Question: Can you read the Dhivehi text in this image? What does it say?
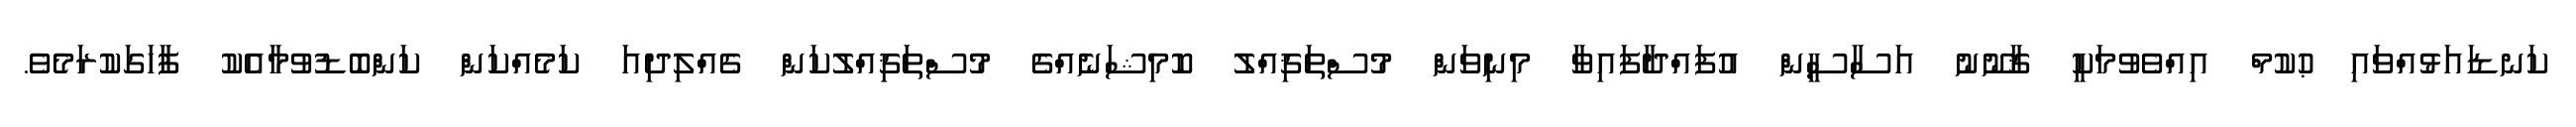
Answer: ކަނޑައަޅުއްވައި ޙުކުމް އިއްވެވުމަކީ ޤާނޫނު އަސާސީން އުފައްދާފައިވާ މިނިވަން މުސްތަޤިއްލު ކޮމިޝަނެއްގެ މުސްތަޤިއްލުކަން ގެއްލިދިއަ ކަމެއްކަން ކަންބޮޑުވުމާއެކު ފާހަގަކުރަމެވެ.